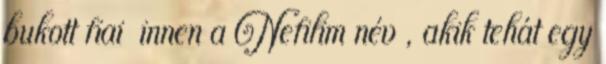
bukott fiai innen a Nefilim név , akik tehát egy